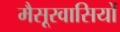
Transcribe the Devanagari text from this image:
मैसूरवासियों